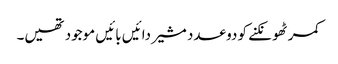
کمر ٹھونکنے کو دو عدد مشیر دائیں بائیں موجود تھیں۔